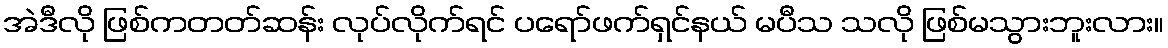
အဲဒီလို ဖြစ်ကတတ်ဆန်း လုပ်လိုက်ရင် ပရော်ဖက်ရှင်နယ် မပီသ သလို ဖြစ်မသွားဘူးလား။